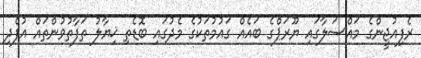
ރެފިއުޖީންގެ މައްސަލާގައި ޔޫރަޕްގެ ބައެއް ގައުމުތަކުގެ މެދުގައި ބޮޑެތި ޚިޔާލު ތަފާތުވުންތައް އުފެދި